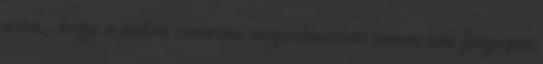
arra, hogy a palini csatorna megvalósítását semmi sem fenyegeti